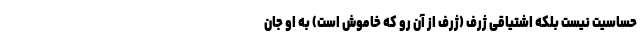
حساسیت نیست بلکه اشتیاقی ژرف (ژرف از آن رو که خاموش است) به او جان